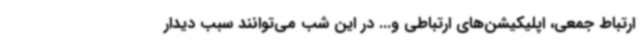
ارتباط جمعی، اپلیکیشن‌های ارتباطی و... در این شب می‌توانند سبب دیدار